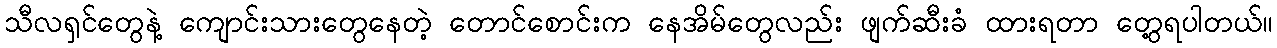
သီလရှင်တွေနဲ့ ကျောင်းသားတွေနေတဲ့ တောင်စောင်းက နေအိမ်တွေလည်း ဖျက်ဆီးခံ ထားရတာ တွေ့ရပါတယ်။